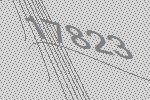
17823